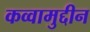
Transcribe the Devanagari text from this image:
कव्वामुद्दीन